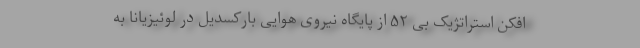
افکن استراتژیک بی ۵۲ از پایگاه نیروی هوایی بارکسدیل در لوئیزیانا به